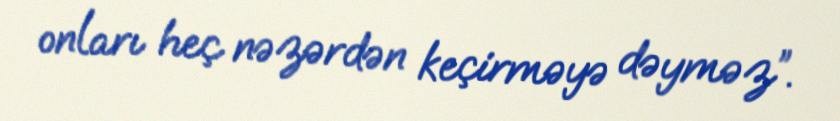
onları heç nəzərdən keçirməyə dəyməz”.